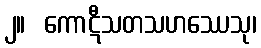
၂။  ကောဋီသတသဟဿေသု၊